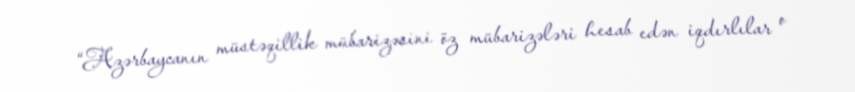
“Azərbaycanın müstəqillik mübarizəsini öz mübarizələri hesab edən iqdırlılar o